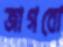
জাগবো